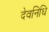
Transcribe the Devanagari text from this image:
देवनिधि